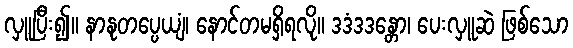
လှူပြီး၍။ နာနုတပ္ပေယျံ၊ နောင်တမရှိရလို။ ဒဒံဒဒန္တော၊ ပေးလှူဆဲ ဖြစ်သော